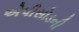
એપીસોડની